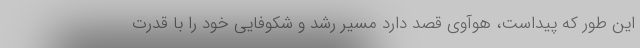
این طور که پیداست، هوآوی قصد دارد مسیر رشد و شکوفایی خود را با قدرت